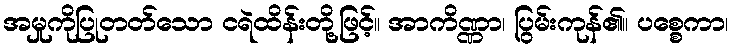
အမှုကိုပြုတတ်သော ငရဲထိန်းတို့ဖြင့်။ အာကိဏ္ဏာ၊ ပြွမ်းကုန်၏။ ပစ္စေကာ၊